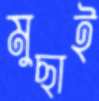
মুছাই